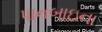
પાનબાઇના